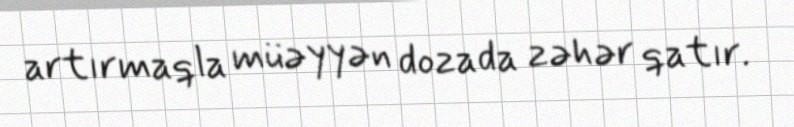
artırmaqla müəyyən dozada zəhər qatır.